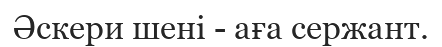
Әскери шені - аға сержант.